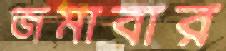
জমাবার